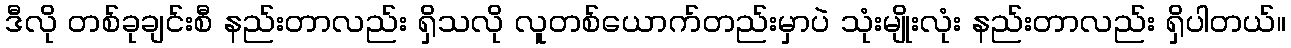
ဒီလို တစ်ခုချင်းစီ နည်းတာလည်း ရှိသလို လူတစ်ယောက်တည်းမှာပဲ သုံးမျိုးလုံး နည်းတာလည်း ရှိပါတယ်။